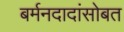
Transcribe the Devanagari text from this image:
बर्मनदादांसोबत